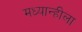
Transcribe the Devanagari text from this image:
मध्यान्हीला